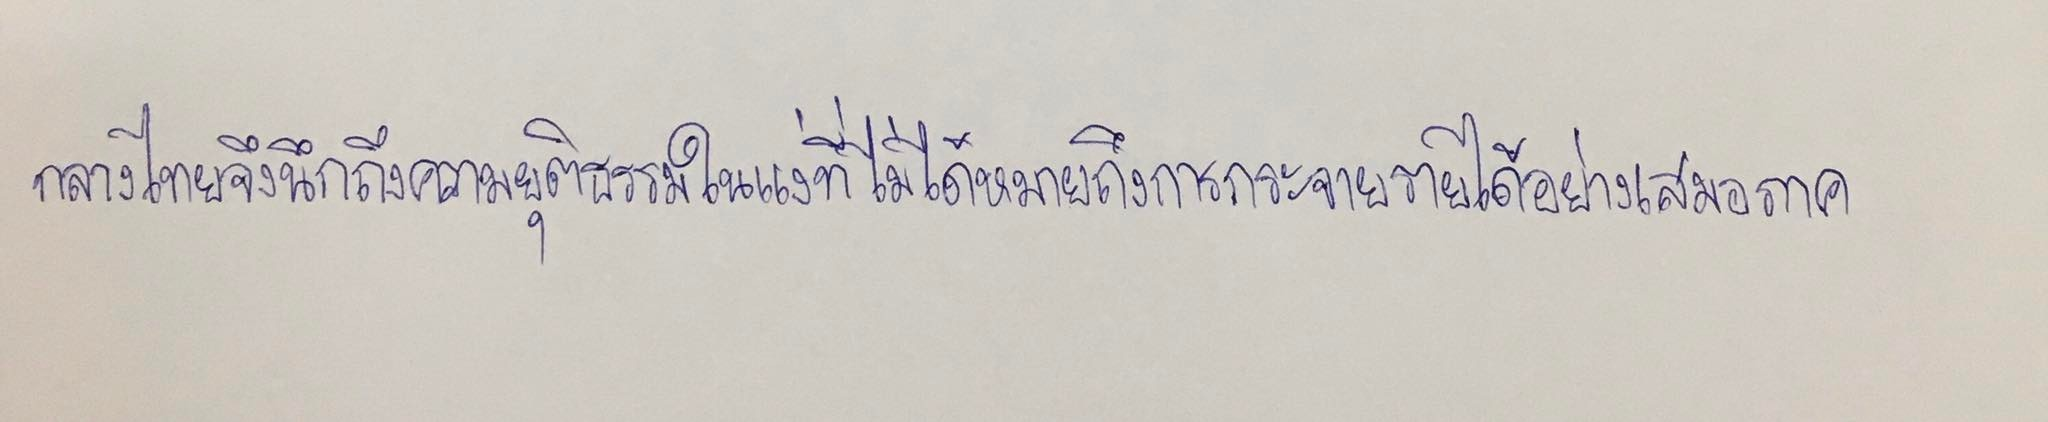
กลางไทยจึงนึกถึงความยุติธรรมในแง่ที่ไม่ได้หมายถึงการกระจายรายได้อย่างเสมอภาค